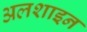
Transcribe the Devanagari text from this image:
अलशाइन